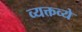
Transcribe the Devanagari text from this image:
व्यक्तव्ये